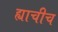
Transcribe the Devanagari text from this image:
ह्याचीच